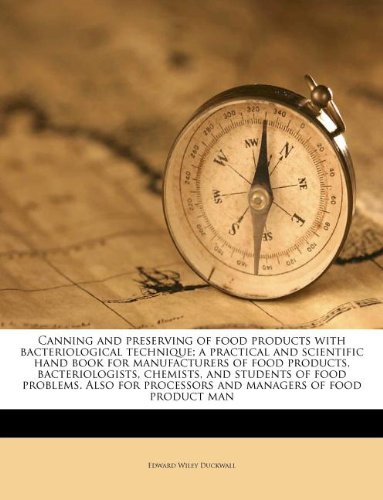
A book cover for Canning and preserving of food products with bacteriological technique; a practical and scientific hand book for manufacturers of food products, ... processors and managers of food product man; Edward Wiley Duckwall; Cookbooks, Food & Wine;